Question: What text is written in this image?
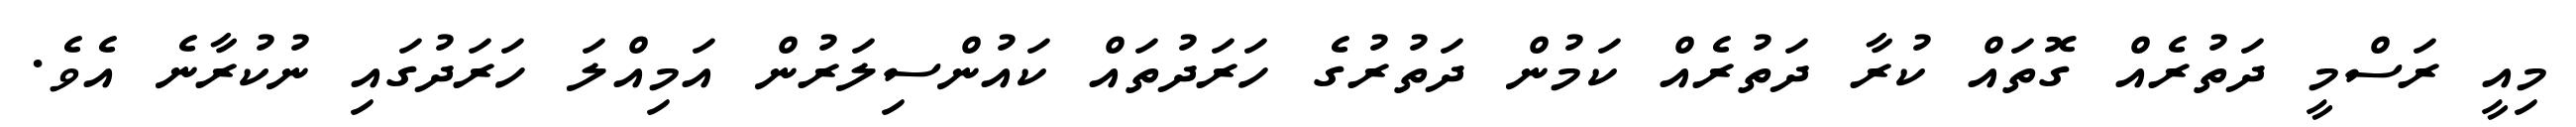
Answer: މިއީ ރަސްމީ ދަތުރެއް ގޮތައް ކުރާ ދަތުރެއް ކަމުން ދަތުރުގެ ހަރަދުތައް ކައުންސިލަރުން އަމިއްލަ ހަރަދުގައި ނުކުރާނެ އެވެ.